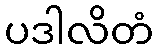
ပဒါလိတံ